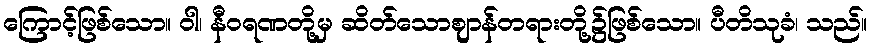
ကြောင့်ဖြစ်သော။ ဝါ၊ နီဝရဏတို့မှ ဆိတ်သောဈာန်တရားတို့၌ဖြစ်သော။ ပီတိသုခံ၊ သည်။